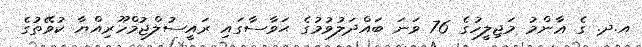
އ.ދ. ގެ ޢާންމު މަޖިލީހުގެ 76 ވަނަ ބައްދަލުވުމުގެ ޙަވާސާގައި ރައީސުލްޖުމްހޫރިއްޔާ ކުވޭތުގެ